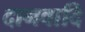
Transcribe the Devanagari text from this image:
दानवादि